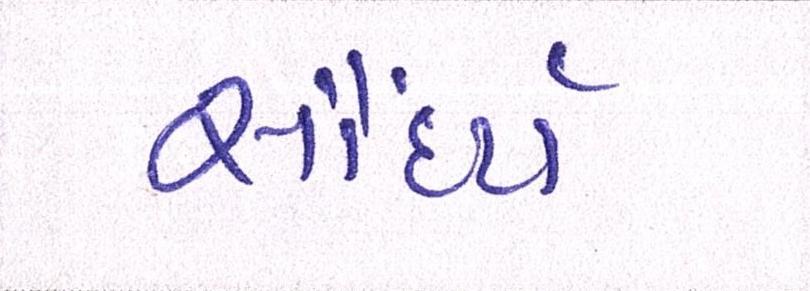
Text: સૌંદર્ય